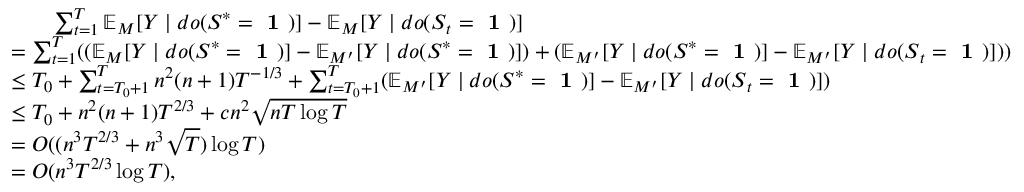
\begin{array} { r l } & { \ \ \ \ \ \ \sum _ { t = 1 } ^ { T } \mathbb { E } _ { M } [ Y \mid d o ( \boldsymbol { S } ^ { * } = \textbf { 1 } ) ] - \mathbb { E } _ { M } [ Y \mid d o ( \boldsymbol { S } _ { t } = \textbf { 1 } ) ] } \\ & { = \sum _ { t = 1 } ^ { T } ( ( \mathbb { E } _ { M } [ Y \mid d o ( \boldsymbol { S } ^ { * } = \textbf { 1 } ) ] - \mathbb { E } _ { M ^ { \prime } } [ Y \mid d o ( \boldsymbol { S } ^ { * } = \textbf { 1 } ) ] ) + ( \mathbb { E } _ { M ^ { \prime } } [ Y \mid d o ( \boldsymbol { S } ^ { * } = \textbf { 1 } ) ] - \mathbb { E } _ { M ^ { \prime } } [ Y \mid d o ( \boldsymbol { S } _ { t } = \textbf { 1 } ) ] ) ) } \\ & { \le T _ { 0 } + \sum _ { t = T _ { 0 } + 1 } ^ { T } n ^ { 2 } ( n + 1 ) T ^ { - 1 / 3 } + \sum _ { t = T _ { 0 } + 1 } ^ { T } ( \mathbb { E } _ { M ^ { \prime } } [ Y \mid d o ( \boldsymbol { S } ^ { * } = \textbf { 1 } ) ] - \mathbb { E } _ { M ^ { \prime } } [ Y \mid d o ( \boldsymbol { S } _ { t } = \textbf { 1 } ) ] ) } \\ & { \le T _ { 0 } + n ^ { 2 } ( n + 1 ) T ^ { 2 / 3 } + c n ^ { 2 } \sqrt { n T \log T } } \\ & { = O ( ( n ^ { 3 } T ^ { 2 / 3 } + n ^ { 3 } \sqrt { T } ) \log T ) } \\ & { = O ( n ^ { 3 } T ^ { 2 / 3 } \log T ) , } \end{array}